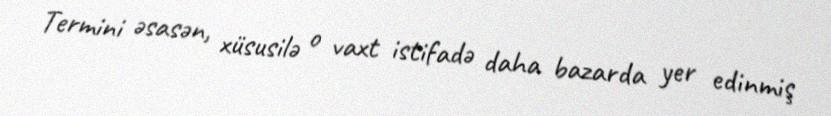
Termini əsasən, xüsusilə o vaxt istifadə daha bazarda yer edinmiş